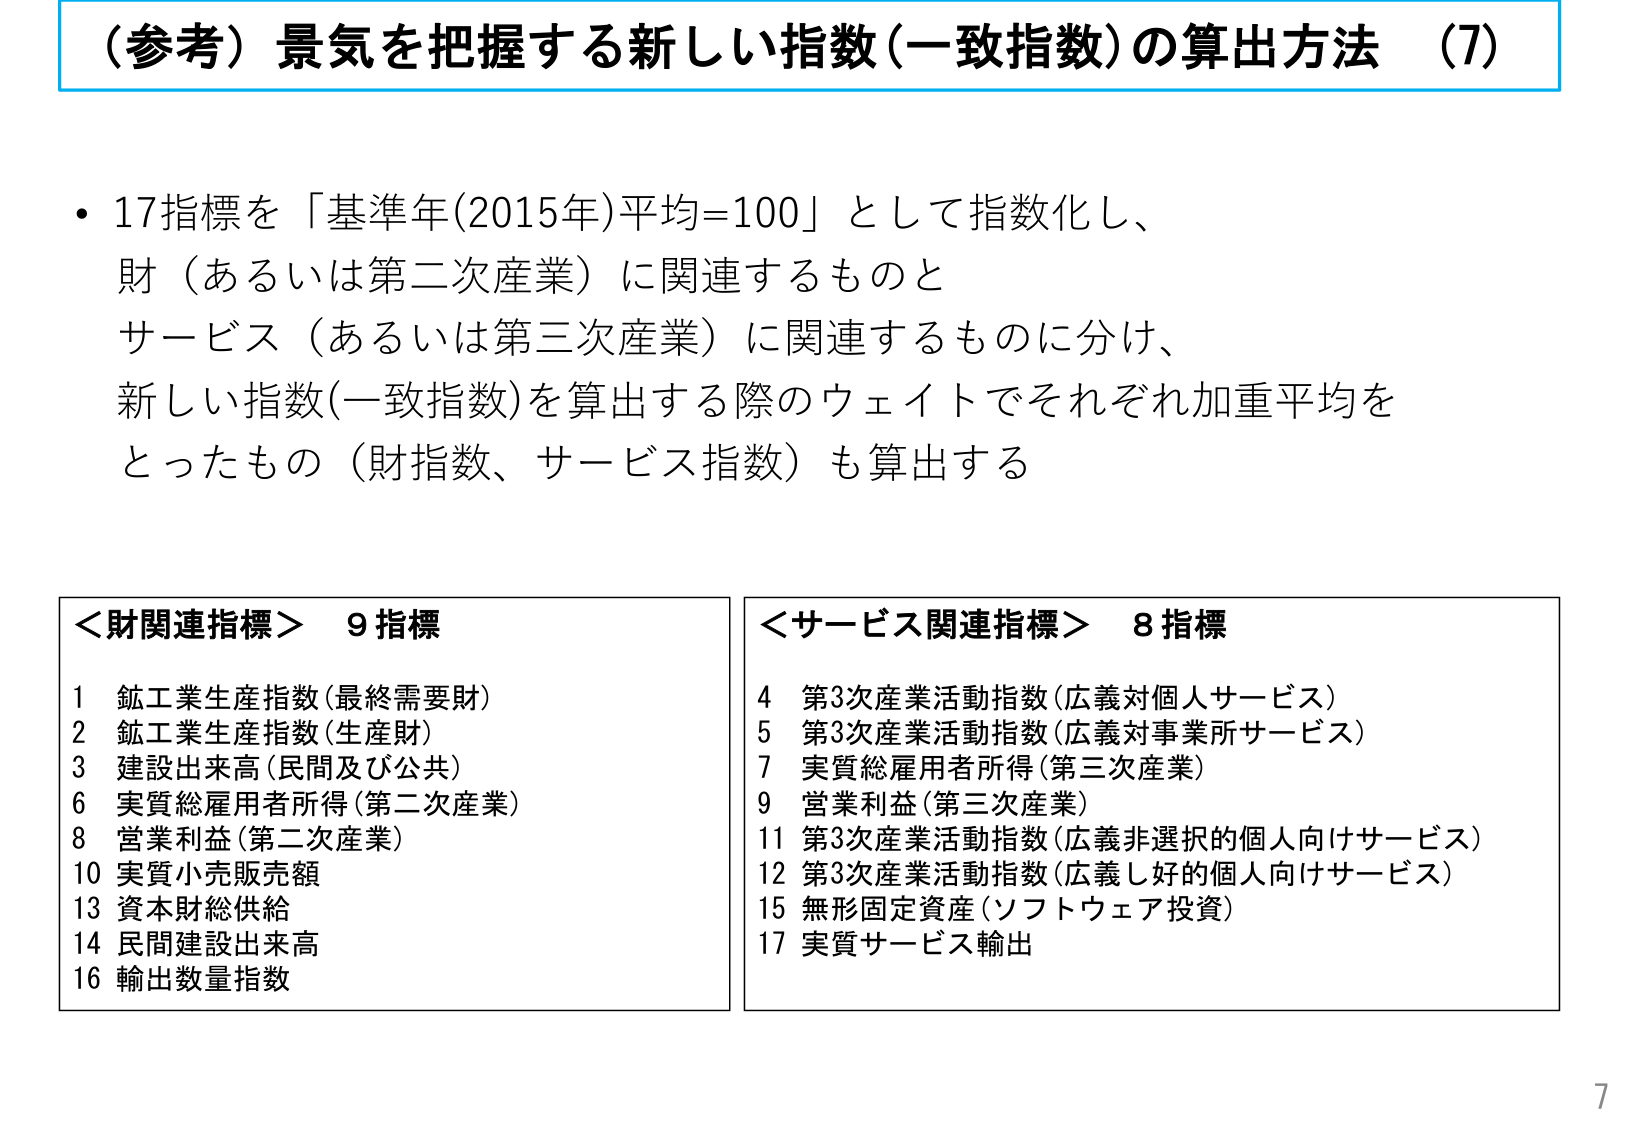
（参考）景気を把握する新しい指数（一致指数）の算出方法 （7）

・17指標を「基準年(2015年)平均=100」として指数化し、
財（あるいは第二次産業）に関連するものと
サービス（あるいは第三次産業）に関連するものに分け、
新しい指数(一致指数)を算出する際のウェイトでそれぞれ加重平均を
とったもの（財指数、サービス指数）も算出する

＜財関連指標＞ 9指標
1 鉱工業生産指数（最終需要財）
2 鉱工業生産指数（生産財）
3 建設出来高（民間及び公共）
6 実質総雇用者所得（第二次産業）
8 営業利益（第二次産業）
10 実質小売販売額
13 資本財総供給
14 民間建設出来高
16 輸出数量指数

＜サービス関連指標＞ 8指標
4 第3次産業活動指数（広義対個人サービス）
5 第3次産業活動指数（広義対事業所サービス）
7 実質総雇用者所得（第三次産業）
9 営業利益（第三次産業）
11 第3次産業活動指数（広義非選択的個人向けサービス）
12 第3次産業活動指数（広義し好的個人向けサービス）
15 無形固定資産（ソフトウェア投資）
17 実質サービス輸出

7